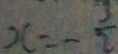
x = - \frac { 3 } { 2 }